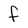
Character: f